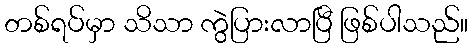
တစ်ရပ်မှာ သိသာ ကွဲပြားလာပြီ ဖြစ်ပါသည်။